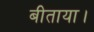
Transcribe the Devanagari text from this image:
बीताया।